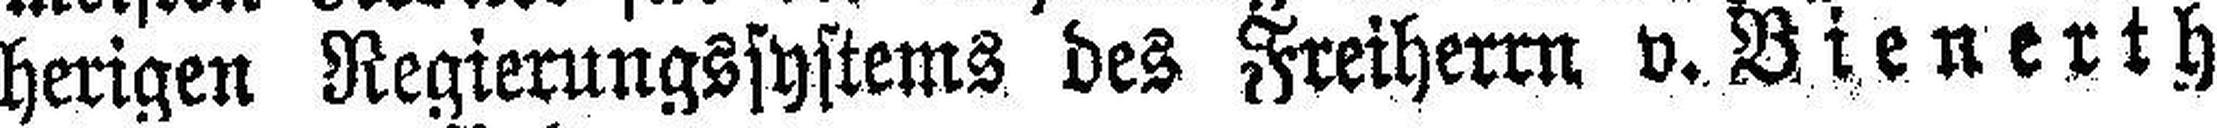
herigen Regierungssystems des Freiherrn v. Bienerth